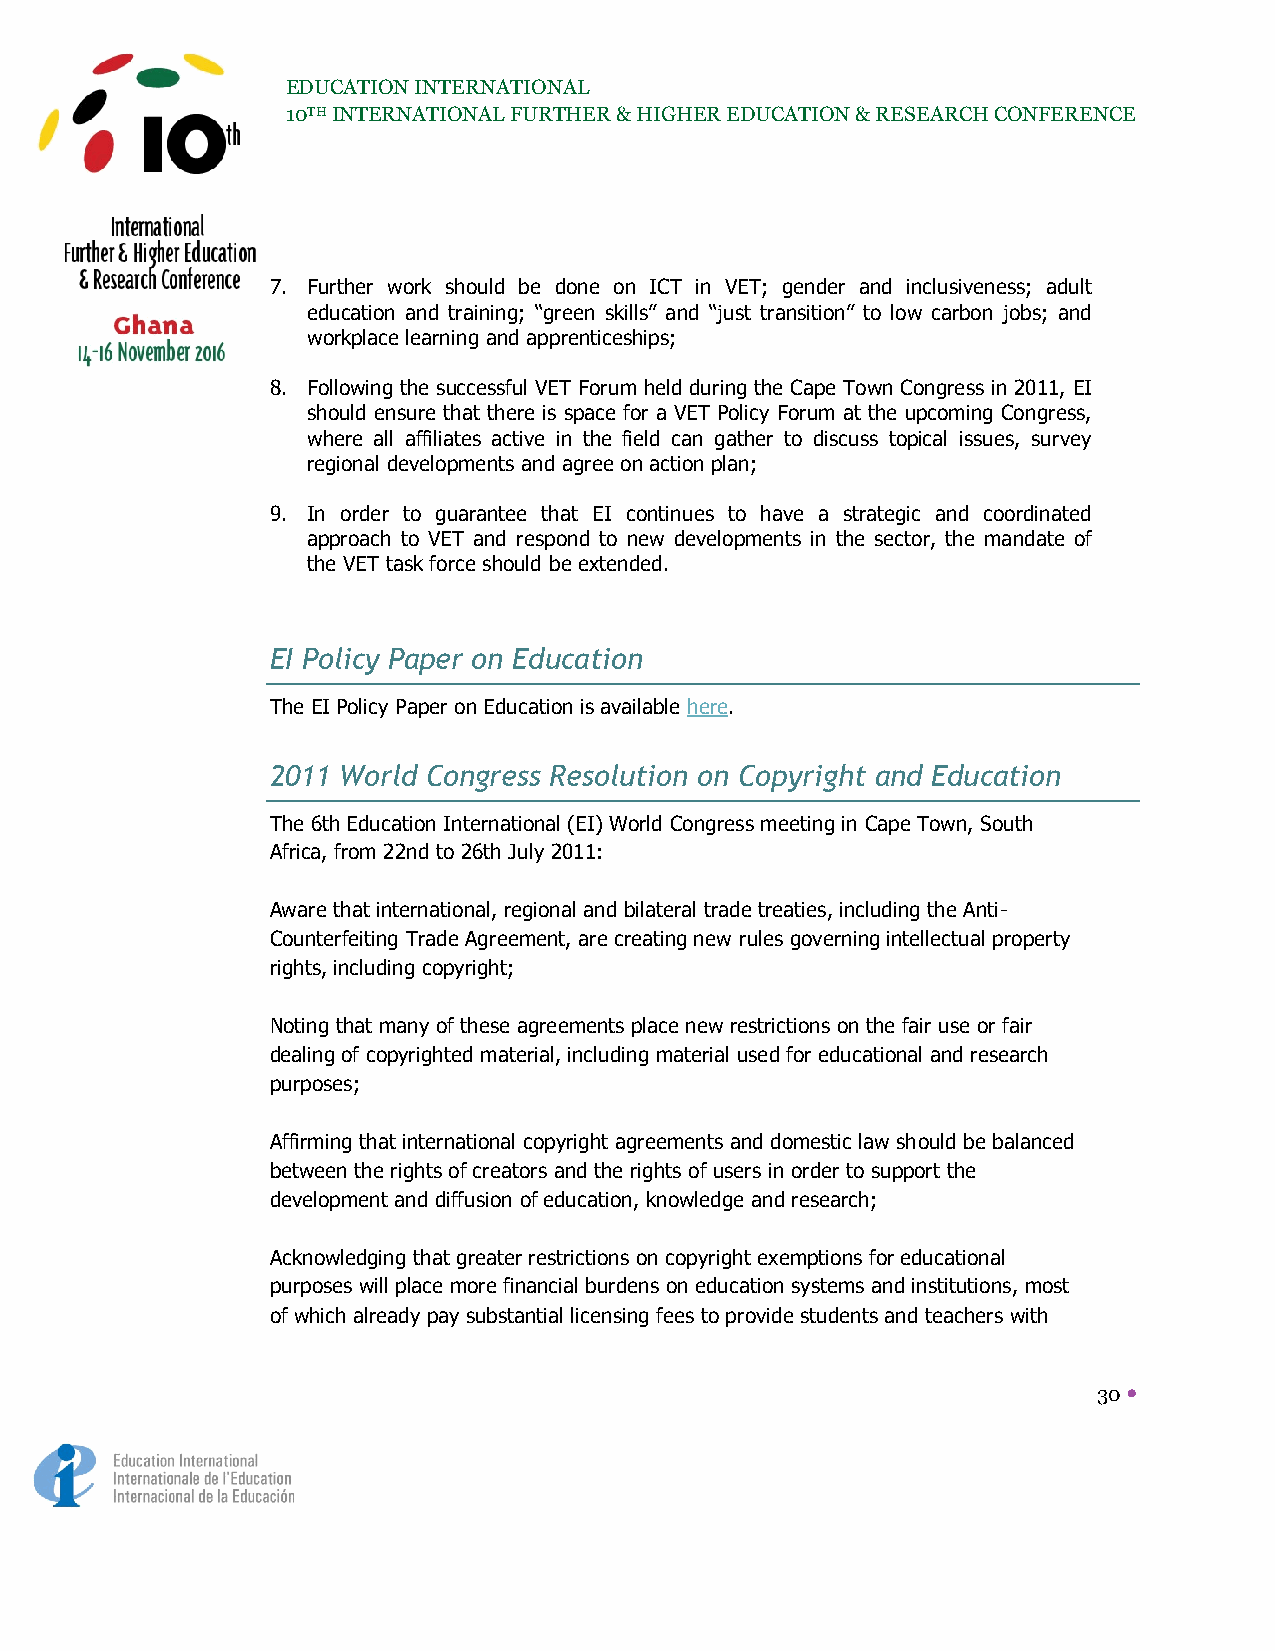
EDUCATION INTERNATIONAL
 10TH INTERNATIONAL FURTHER & HIGHER EDUCATION & RESEARCH CONFERENCE
 7. Further work should be done on ICT in VET; gender and inclusiveness; adult
 education and training; “green skills” and “just transition” to low carbon jobs; and
 workplace learning and apprenticeships;
 8. Following the successful VET Forum held during the Cape Town Congress in 2011, EI
 should ensure that there is space for a VET Policy Forum at the upcoming Congress,
 where all affiliates active in the field can gather to discuss topical issues, survey
 regional developments and agree on action plan;
 9. In order to guarantee that EI continues to have a strategic and coordinated
 approach to VET and respond to new developments in the sector, the mandate of
 the VET task force should be extended.
 EI Policy Paper on Education
 The EI Policy Paper on Education is available here.
 2011 World Congress Resolution on Copyright and Education
 The 6th Education International (EI) World Congress meeting in Cape Town, South
 Africa, from 22nd to 26th July 2011:
 Aware that international, regional and bilateral trade treaties, including the Anti-
 Counterfeiting Trade Agreement, are creating new rules governing intellectual property
 rights, including copyright;
 Noting that many of these agreements place new restrictions on the fair use or fair
 dealing of copyrighted material, including material used for educational and research
 purposes;
 Affirming that international copyright agreements and domestic law should be balanced
 between the rights of creators and the rights of users in order to support the
 development and diffusion of education, knowledge and research;
 Acknowledging that greater restrictions on copyright exemptions for educational
 purposes will place more financial burdens on education systems and institutions, most
 of which already pay substantial licensing fees to provide students and teachers with
 30 